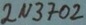
Text: 2N3702